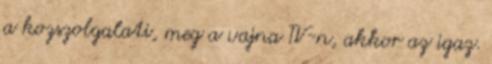
a kozszolgalati, meg a vajna TV-n, akkor az igaz.